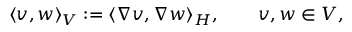
\langle v , w \rangle _ { V } : = \langle \nabla v , \nabla w \rangle _ { H } , \qquad v , w \in V ,